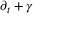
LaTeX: \partial _ { t } + \gamma